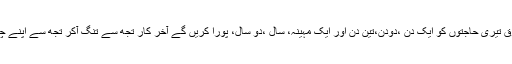
تجھ پر افسوس ہے مخلوق تیری حاجتوں کو ایک دن ،دودن،تین دن اور ایک مہینہ، سال ،دو سال، پورا کریں گے آخر کار تجھ سے تنگ آکر تجھ سے اپنے چہروں کو پھیر لیں گے ۔